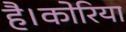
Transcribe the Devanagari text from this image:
है।कोरिया